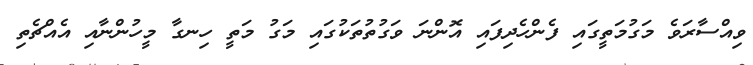
ވިއްސާރަވެ މަގުމަތީގައި ފެންހެދިފައި އޮންނަ ވަގުތުތަކުގައި މަގު މަތީ ހިނގާ މީހުންނާއި އެއްޗެތި